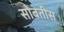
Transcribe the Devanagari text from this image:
सोबतीस